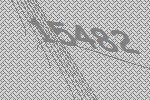
15482